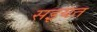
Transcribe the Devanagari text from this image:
सइयत